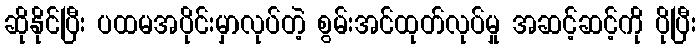
ဆိုနိုင်ပြီး ပထမအပိုင်းမှာလုပ်တဲ့ စွမ်းအင်ထုတ်လုပ်မှု အဆင့်ဆင့်ကို ပိုပြီး